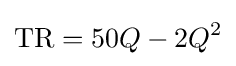
{\text{TR}}=50Q-2Q^{2}